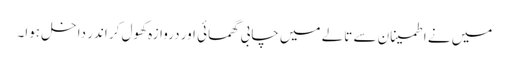
میں نے اطمینان سے تالے میں چابی گھمائی اور دروازہ کھول کر اندر داخل ہوا۔